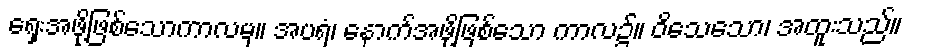
ရှေးအဖို့ဖြစ်သောကာလမှ။ အပရံ၊ နောက်အဖို့ဖြစ်သော ကာလ၌။ ဝိသေသော၊ အထူးသည်။